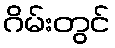
ဂိမ်းတွင်